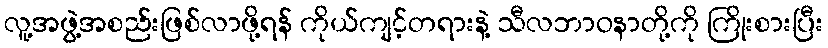
လူ့အဖွဲ့အစည်းဖြစ်လာဖို့ရန် ကိုယ်ကျင့်တရားနဲ့ သီလဘာဝနာတို့ကို ကြိုးစားပြီး